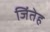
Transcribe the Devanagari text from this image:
जिंतेह